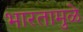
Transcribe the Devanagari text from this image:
भारतामुळे